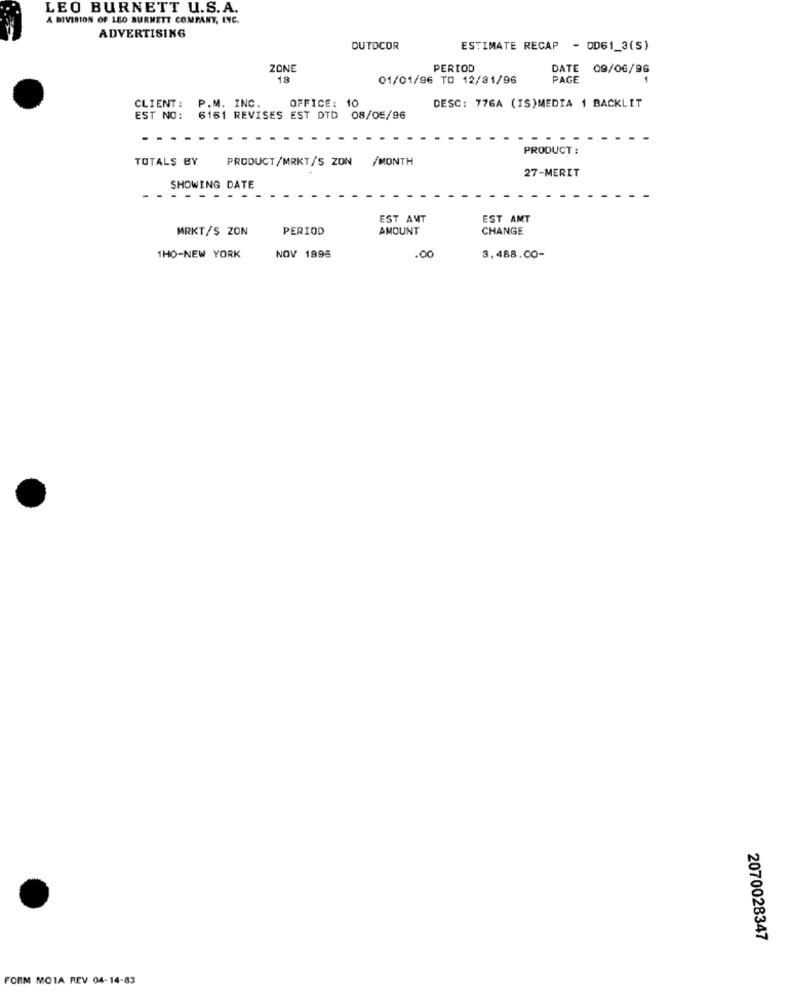
LEO BURNETT U.S.A.
A DIVISION OF 150 BURNETT COMPANY, INC.
ADVERTISING
DUTOCOR
ESTIMATE RECAP
- DD61_3(S)
ZONE
PERIOD
DATE 09/06/96
18
01/01/96 TO 12/81/96
PAGE
CLIENT :
P.M. INC.
OFFICE: 1
DESC: 776A (IS)MEDIA 1 BACKLIT
EST NO:
6161 REVISES EST DTD 08/05/96
PRODUCT :
TOTALS BY
PRODUCT/MRKT/S ZON /MONTH
27-MERIT
SHOWING DATE
EST AMT
EST AMT
MRKT/S ZON
PERIOD
AMOUNT
CHANGE
NOV 1995
1HO-NEW YORK
.00
3.488.00-
2070028347
FORM MOIA REV 04-14-83